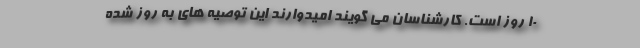
۱۰ روز است. کارشناسان می گویند امیدوارند این توصیه های به روز شده